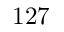
1 2 7